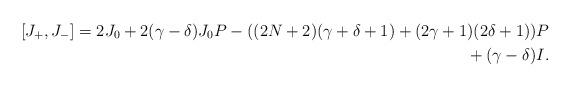
LaTeX: \begin{align*}[J_+,J_-]=2 J_0 + 2 (\gamma-\delta)J_0P - ((2N+2)(\gamma+\delta+1)+(2\gamma+1)(2\delta+1))P\\\hphantom{[J_+,J_-]=}{} + (\gamma-\delta)I .\end{align*}